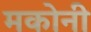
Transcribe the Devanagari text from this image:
मकोनी